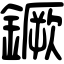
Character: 鐝